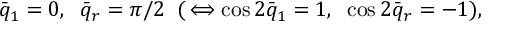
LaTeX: \bar { q } _ { 1 } = 0 , \; \; \bar { q } _ { r } = \pi / 2 \; \; ( \, \Longleftrightarrow \cos 2 \bar { q } _ { 1 } = 1 , \; \; \cos 2 \bar { q } _ { r } = - 1 ) ,